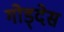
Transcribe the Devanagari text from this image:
गोड्देस